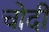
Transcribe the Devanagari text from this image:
चोदी